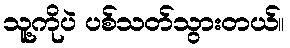
သူ့ကိုပဲ ပစ်သတ်သွားတယ်။